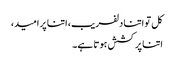
کل تو اتنا دلفریب، اتنا پر امید،
اتنا پر کشش ہوتا ہے۔